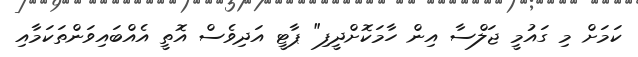
ކަމަށް މި ގައުމީ ޖަލްސާ އިން ހާމަކޮށްދީފި" ޕާޓީ އަދިވެސް އޮތީ އެއްބައިވަންތަކަމާއި